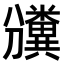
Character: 𥽡